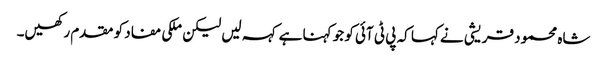
شاہ محمود قریشی نے کہا کہ پی ٹی آئی کو جو کہنا ہے کہہ لیں لیکن ملکی مفاد کو مقدم رکھیں۔